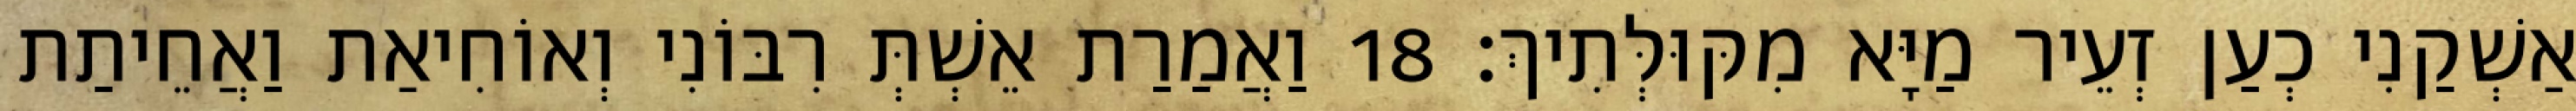
אַשְׁקַנִי כְעַן זְעֵיר מַיָּא מִקּוּלְּתִיךְ׃ 18 וַאֲמַרַת אֵשְׁתְּ רִבּוֹנִי וְאוֹחִיאַת וַאֲחֵיתַת